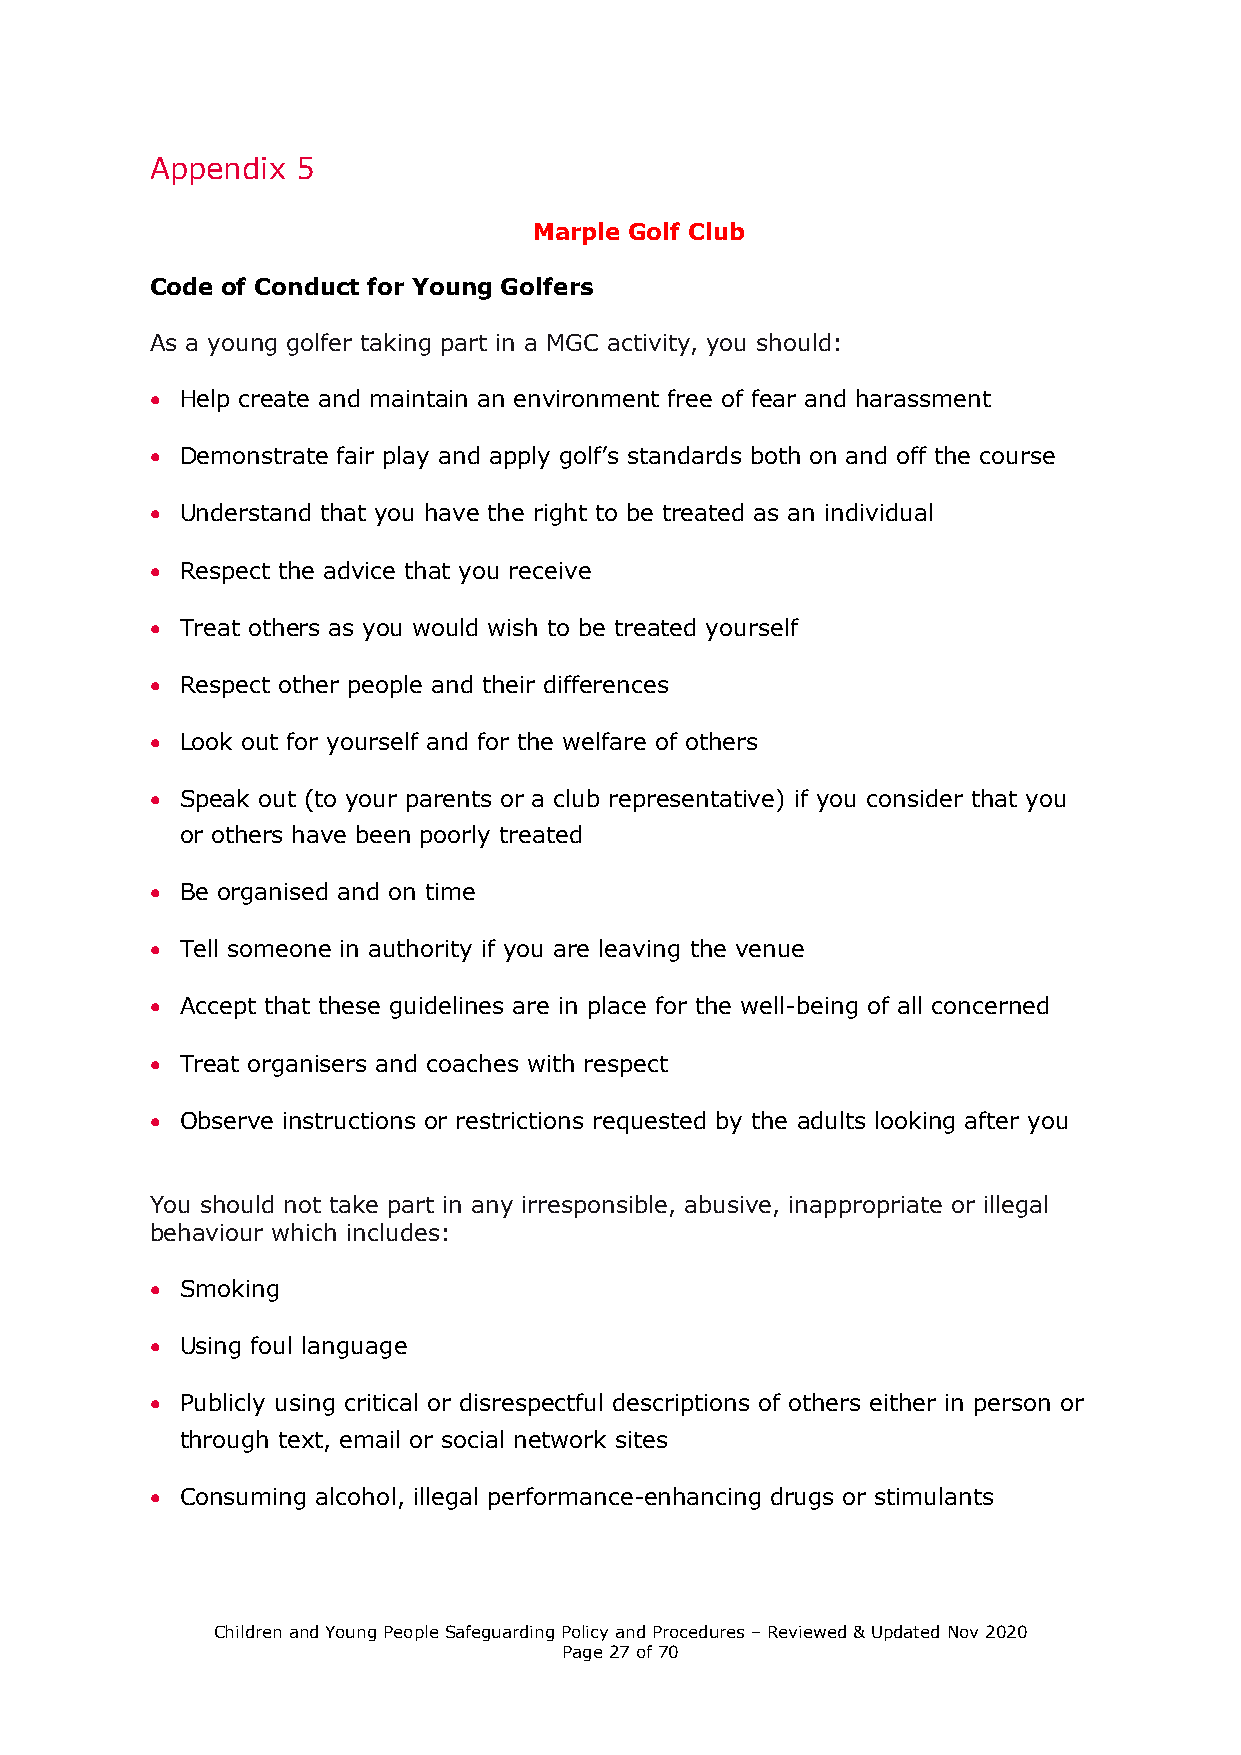
Appendix  5
 Marple Golf Club
 Code of Conduct for Young Golfers
 As a young golfer taking part in a MGC activity, you should:
  Help create and maintain an environment free of fear and harassment
  Demonstrate fair play and apply golf’s standards both on and off the course
  Understand that you have the right to be treated as an individual
  Respect the advice that you receive
  Treat others as you would wish to be treated yourself
  Respect other people and their differences
  Look out for yourself and for the welfare of others
  Speak out (to your parents or a club representative) if you consider that you
 or others have been poorly treated
  Be organised and on time
  Tell someone in authority if you are leaving the venue
  Accept that these guidelines are in place for the well-being of all concerned
  Treat organisers and coaches with respect
  Observe instructions or restrictions requested by the adults looking after you
 You should not take part in any irresponsible, abusive, inappropriate or illegal
 behaviour which includes:
  Smoking
  Using foul language
  Publicly using critical or disrespectful descriptions of others either in person or
 through text, email or social network sites
  Consuming alcohol, illegal performance-enhancing drugs or stimulants
 Children and Young People Safeguarding Policy and Procedures – Reviewed & Updated Nov 2020
 Page 27 of 70